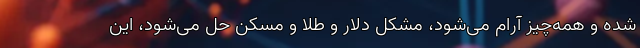
شده و همه‌چیز آرام می‌شود، مشکل دلار و طلا و مسکن حل می‌شود، این